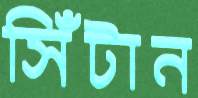
সিঁটান